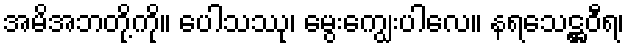
အမိအဘတို့ကို။ ပေါသဿု၊ မွေးကျွေးပါလေ။ နရသေဋ္ဌဝီရ၊